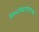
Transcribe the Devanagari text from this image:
विश्वविद्यापीठाच्या